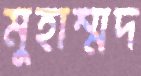
মুহাম্মদ